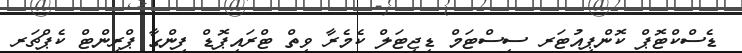
ޑެސްކްޓޮޕް ކޮންޕިއުޓަރ ސިސްޓަމް ޑިޖިޓަލް ކެމެރާ ވިތް ޓްރައިޕޮޑް ފިންގާ ޕްރިންޓް ކެޕްޗަރ